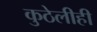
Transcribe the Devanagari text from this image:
कुठेलीही